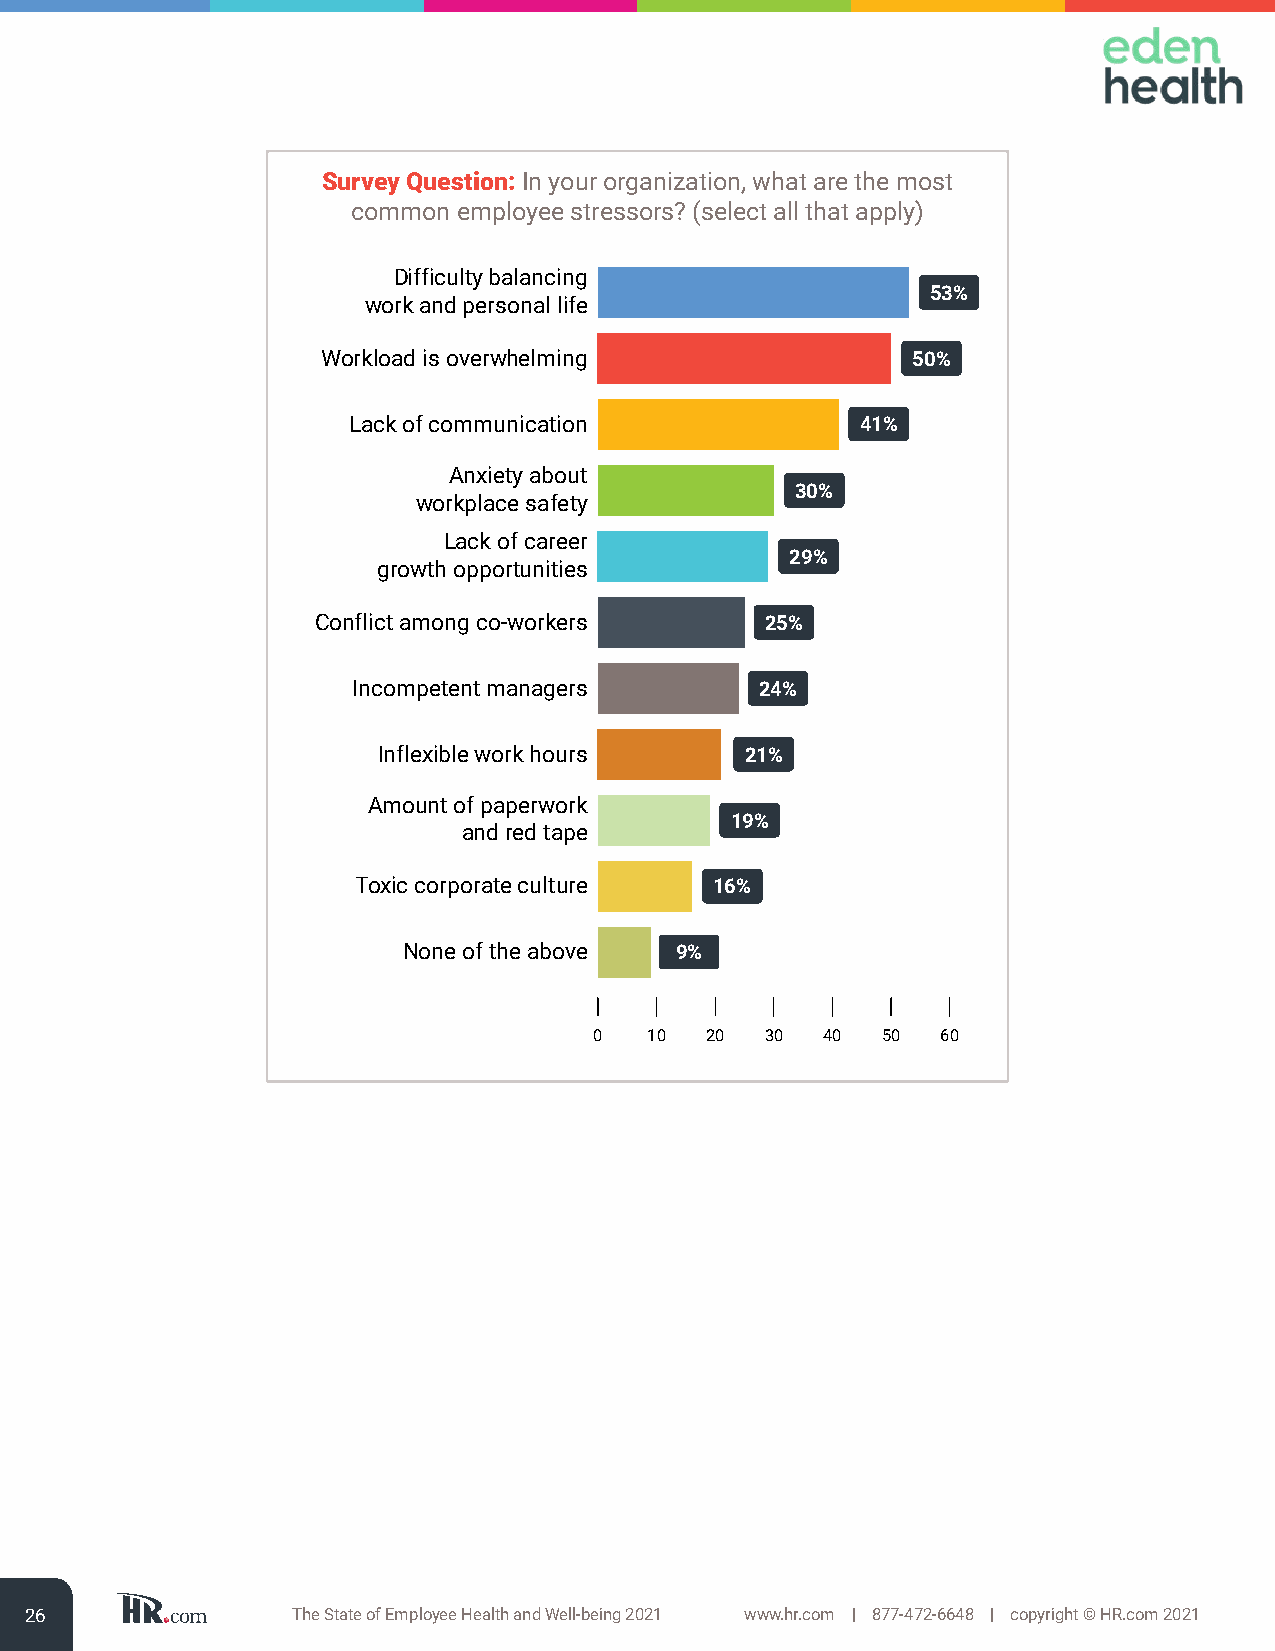
Survey Question: In your organization, what are the most
 common employee stressors? (select all that apply)
 Difficulty balancing
 53%
 work and personal life
 Workload is overwhelming               50%
 Lack of communication             41%
 Anxiety about
 30%
 workplace safety
 Lack of career
 29%
 growth opportunities
 Conflict among co-workers     25%
 Incompetent managers       24%
 Inflexible work hours   21%
 Amount of paperwork
 19%
 and red tape
 Toxic corporate culture 16%
 None of the above 9%
 0   10  20  30 40  50  60
 26               The State of Employee Health and Well-being 2021 www.hr.com | 877-472-6648 | copyright © HR.com 2021